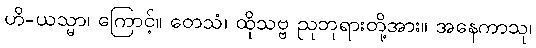
ဟိ-ယသ္မာ၊ ကြောင့်။ တေသံ၊ ထိုသဗ္ဗ ညုဘုရားတို့အား။ အနေကာသု၊